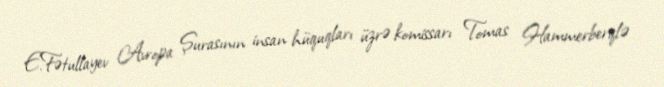
E.Fətullayev Avropa Şurasının insan hüquqları üzrə komissarı Tomas Hammerberqlə